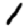
Digit: 1